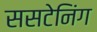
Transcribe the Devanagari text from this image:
ससटेनिंग